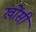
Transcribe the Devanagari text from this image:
खोंसी